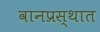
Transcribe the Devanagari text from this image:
वानप्रस्थात